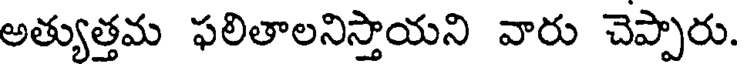
అత్యుత్తమ ఫలితాలనిస్తాయని వారు చెప్పారు.